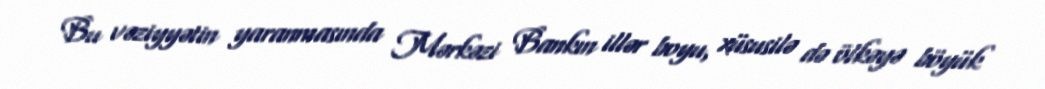
Bu vəziyyətin yaranmasında Mərkəzi Bankın illər boyu, xüsusilə də ölkəyə böyük